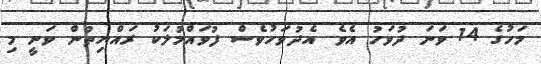
މަހުގެ 14 ވަނަ ދުވަހު އެވެ. އެދުވަހުވެސް ފުވައްމުލަކު ރައްޔިތުން ވަނީ މި